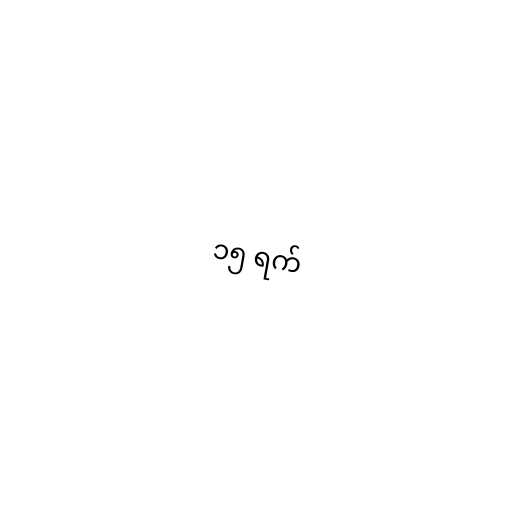
၁၅ ရက်